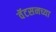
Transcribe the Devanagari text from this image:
वॅटसनच्या